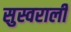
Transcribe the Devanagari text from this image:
सुस्वराली